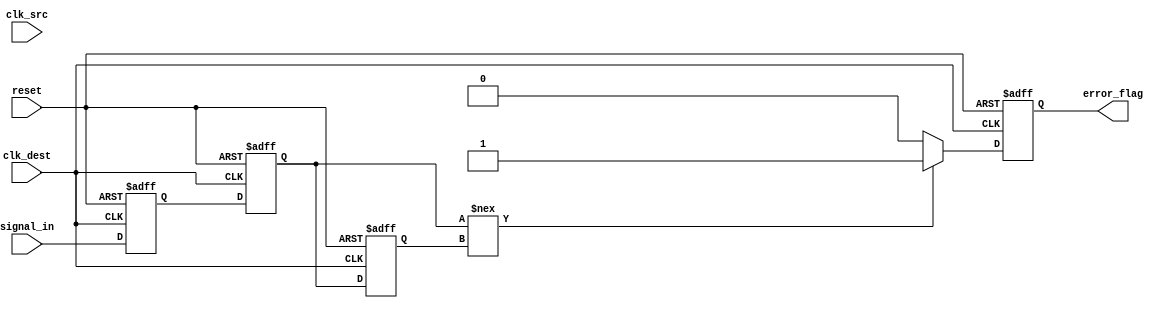
module cdc_detector (
    input wire clk_src,          // Source clock
    input wire clk_dest,         // Destination clock
    input wire reset,            // Asynchronous reset
    input wire signal_in,        // Input signal to monitor
    output reg error_flag        // Error flag output
);

    // Synchronizer flip-flops
    reg signal_sync_1;           // First stage of the synchronizer
    reg signal_sync_2;           // Second stage of the synchronizer
    reg signal_prev;             // Previous state of the synchronized signal

    // Asynchronous reset handling
    always @(posedge clk_dest or posedge reset) begin
        if (reset) begin
            signal_sync_1 <= 1'b0;
            signal_sync_2 <= 1'b0;
            signal_prev <= 1'b0;
            error_flag <= 1'b0;
        end else begin
            // First stage of synchronization
            signal_sync_1 <= signal_in;

            // Second stage of synchronization
            signal_sync_2 <= signal_sync_1;

            // Edge detection
            if (signal_sync_2 !== signal_prev) begin
                error_flag <= 1'b1; // Transition detected, set error flag
            end else begin
                error_flag <= 1'b0; // No transition, clear error flag
            end
            
            // Update previous state
            signal_prev <= signal_sync_2;
        end
    end

endmodule